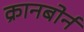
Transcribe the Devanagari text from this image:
क्रानबोर्न